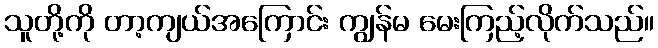
သူတို့ကို တာ့ကျယ်အကြောင်း ကျွန်မ မေးကြည့်လိုက်သည်။